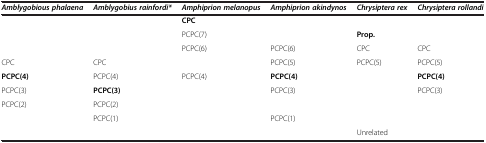
| Amblygobious phalaena | Amblygobius rainfordi* | Amphiprion melanopus | Amphiprion akindynos | Chrysiptera rex | Chrysiptera rollandi |
 | --- | --- | --- | --- | --- | --- |
 |  |  | CPC |  |  |  |
 |  |  | PCPC(7) |  | Prop. |  |
 |  |  | PCPC(6) | PCPC(6) | CPC | CPC |
 | CPC | CPC |  | PCPC(5) | PCPC(5) | PCPC(5) |
 | PCPC(4) | PCPC(4) | PCPC(4) | PCPC(4) |  | PCPC(4) |
 | PCPC(3) | PCPC(3) |  | PCPC(3) |  | PCPC(3) |
 | PCPC(2) | PCPC(2) |  |  |  |  |
 |  | PCPC(1) |  | PCPC(1) |  |  |
 |  |  |  |  | Unrelated |  |